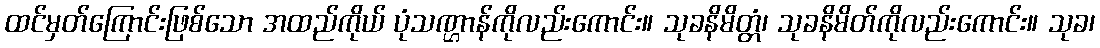
ထင်မှတ်ကြောင်းဖြစ်သော အထည်ကိုယ် ပုံသဏ္ဌာန်ကိုလည်းကောင်း။ သုခနိမိတ္တံ၊ သုခနိမိတ်ကိုလည်းကောင်း။ သုခ၊